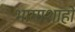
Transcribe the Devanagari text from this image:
भामाशाहों